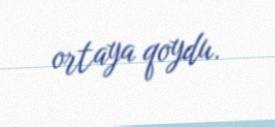
ortaya qoydu.